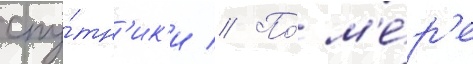
спу́тн'ик'и // По́ м'е́р'е